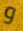
و